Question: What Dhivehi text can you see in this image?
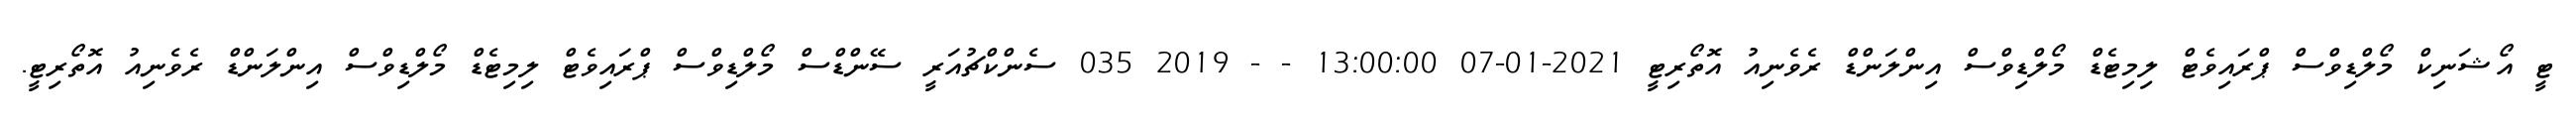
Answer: ޓީ އޯޝަނިކް މޯލްޑިވްސް ޕްރައިވެޓް ލިމިޓެޑް މޯލްޑިވްސް އިންލަންޑް ރެވެނިއު އޮތޯރިޓީ 2021-01-07 13:00:00 - - 2019 035 ސެންކްޗުއަރީ ސޭންޑްސް މޯލްޑިވްސް ޕްރައިވެޓް ލިމިޓެޑް މޯލްޑިވްސް އިންލަންޑް ރެވެނިއު އޮތޯރިޓީ.